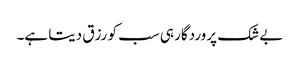
بے شک پروردگار ہی سب کو رزق دیتا ہے۔